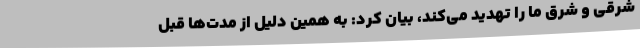
شرقی و شرق ما را تهدید می‌کند، بیان کرد: به همین دلیل از مدت‌ها قبل